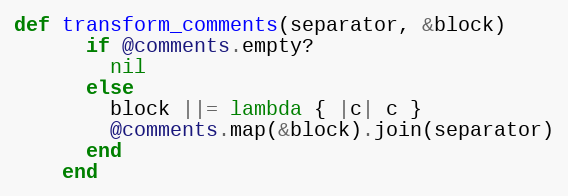
Language: Ruby
def transform_comments(separator, &block)
      if @comments.empty?
        nil
      else
        block ||= lambda { |c| c }
        @comments.map(&block).join(separator)
      end
    end